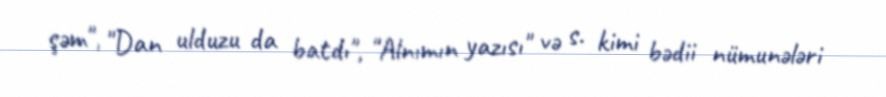
şəm", "Dan ulduzu da batdı", "Alnımın yazısı" və s. kimi bədii nümunələri